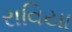
રાવિયા